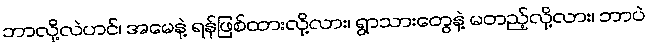
ဘာလို့လဲဟင်၊ အမေနဲ့ ရန်ဖြစ်ထားလို့လား၊ ရွာသားတွေနဲ့ မတည့်လို့လား၊ ဘာပဲ